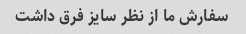
سفارش ما از نظر سایز فرق داشت